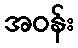
အဝန်း